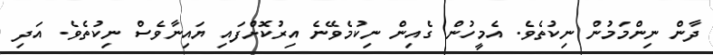
ދާން ނިންމަމުން ނިކުތެވެ. އެމީހުން ގެއިން ނިކުމެވޭނެ އިރުކޮށްފައި ޔައިނާވެސް ނިކުތެވެ. އަދި